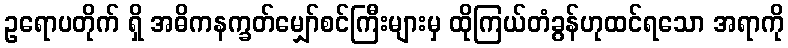
ဥရောပတိုက် ရှိ အဓိကနက္ခတ်မျှော်စင်ကြီးများမှ ထိုကြယ်တံခွန်ဟုထင်ရသော အရာကို